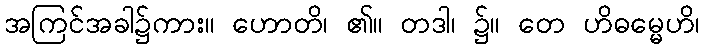
အကြင်အခါ၌ကား။ ဟောတိ၊ ၏။ တဒါ၊ ၌။ တေ ဟိဓမ္မေဟိ၊